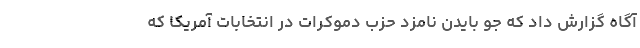
آگاه گزارش داد که جو بایدن نامزد حزب دموکرات در انتخابات آمریکا که